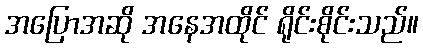
အပြောအဆို အနေအထိုင် ရိုင်းစိုင်းသည်။